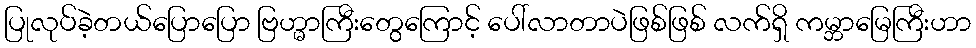
ပြုလုပ်ခဲ့တယ်ပြောပြော ဗြဟ္မာကြီးတွေကြောင့် ပေါ်လာတာပဲဖြစ်ဖြစ် လက်ရှိ ကမ္ဘာမြေကြီးဟာ